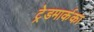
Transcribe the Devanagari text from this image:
ट्रेडमार्कका